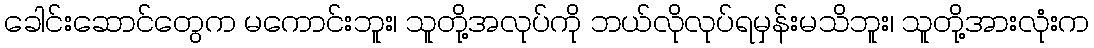
ခေါင်းဆောင်တွေက မကောင်းဘူး၊ သူတို့အလုပ်ကို ဘယ်လိုလုပ်ရမှန်းမသိဘူး၊ သူတို့အားလုံးက